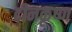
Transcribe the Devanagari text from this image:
दीनकृष्ण